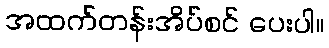
အထက်တန်းအိပ်စင် ပေးပါ။